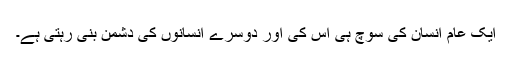
ایک عام انسان کی سوچ ہی اس کی اور دوسرے انسانوں کی دشمن بنی رہتی ہے۔